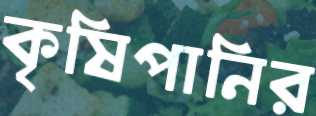
কৃষিপানির